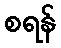
စရန်